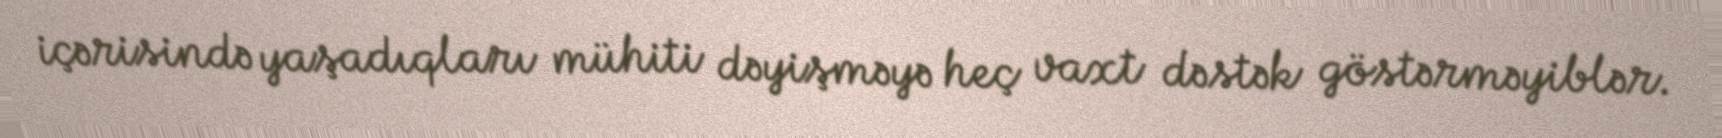
içərisində yaşadıqları mühiti dəyişməyə heç vaxt dəstək göstərməyiblər.